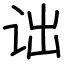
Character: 诎